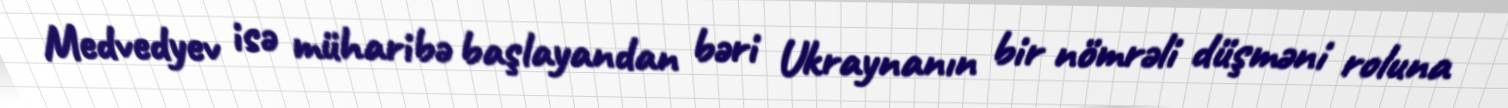
Medvedyev isə müharibə başlayandan bəri Ukraynanın bir nömrəli düşməni roluna